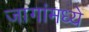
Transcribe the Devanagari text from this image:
जागांमध्ये